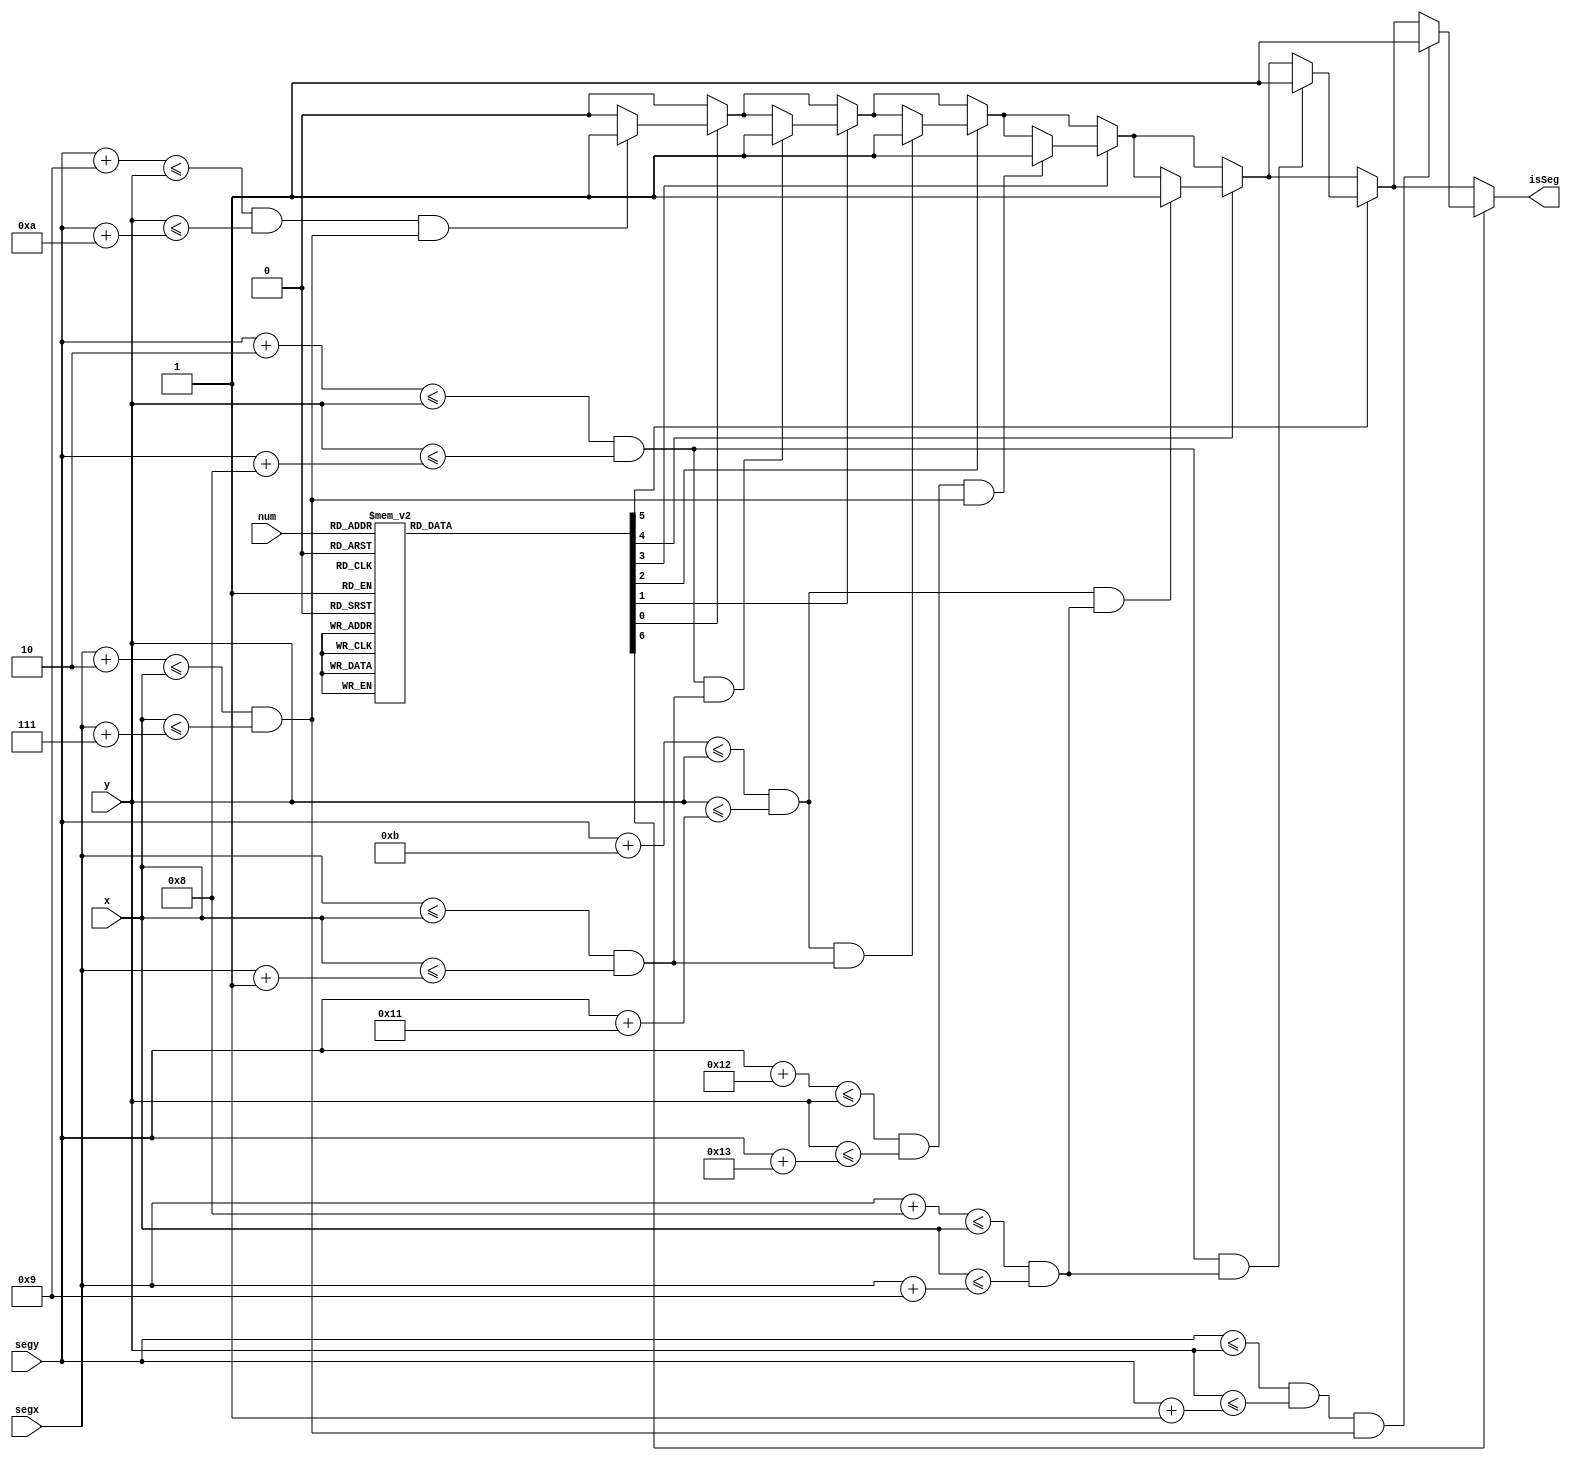
`timescale 1ns / 1ps
//////////////////////////////////////////////////////////////////////////////////
// Company: 
// Engineer: 
// 
// Design Name: 
// Module Name: segment
// Project Name: 
// Target Devices: 
// Tool Versions: 
// Description: 
// 
// Dependencies: 
// 
// Revision:
// Revision 0.01 - File Created
// Additional Comments:
// 
//////////////////////////////////////////////////////////////////////////////////

// 0 => 1111110
// 1 => 0110000
// 2 => 1101101
// 3 => 1111001
// 4 => 0110011
// 5 => 1011011
// 6 => 1011111
// 7 => 1110000
// 8 => 1111111
// 9 => 1111011

module segment(
    input [9:0] x, y,
    input [9:0] segx, segy,
    input [3:0] num,
    output isSeg
    );
    
    reg isSeg_reg;
    reg [6:0] seg;
    
    always @(num) begin
        case(num)
            0: seg = 7'b1111110;
            1: seg = 7'b0110000;
            2: seg = 7'b1101101;
            3: seg = 7'b1111001;
            4: seg = 7'b0110011;
            5: seg = 7'b1011011;
            6: seg = 7'b1011111;
            7: seg = 7'b1110000;
            8: seg = 7'b1111111;
            9: seg = 7'b1111011;
            default: seg = 7'b1001001;
        endcase
    end
    
    always @(num)
    begin
            isSeg_reg = 0;
            if(seg[0]) begin
                if(((segy + 9) <= y && y <= (segy + 10)) && ((segx + 2) <= x && x <= (segx + 7))) begin
                    isSeg_reg = 1;
                end
            end
            if(seg[1]) begin
                if(((segy + 2) <= y && y <= (segy + 8)) && ((segx) <= x && x <= (segx + 1))) begin
                    isSeg_reg = 1;
                end
            end
            if(seg[2]) begin
                if(((segy + 11) <= y && y <= (segy + 17)) && ((segx) <= x && x <= (segx + 1))) begin
                    isSeg_reg = 1;
                end
            end    
            if(seg[3] == 1) begin
                if(((segy + 18) <= y && y <= (segy + 19)) && ((segx + 2) <= x && x <= (segx + 7))) begin
                    isSeg_reg = 1;
                end
            end
            if(seg[4] == 1) begin
                if(((segy + 11) <= y && y <= (segy + 17)) && ((segx + 8) <= x && x <= (segx + 9))) begin
                    isSeg_reg = 1;
                end
            end
            if(seg[5] == 1) begin
                if(((segy + 2) <= y && y <= (segy + 8)) && ((segx + 8) <= x && x <= (segx + 9))) begin
                    isSeg_reg = 1;
                end
            end    
            if(seg[6] == 1) begin
                if(((segy) <= y && y <= (segy + 1)) && ((segx + 2) <= x && x <= (segx + 7))) begin
                    isSeg_reg = 1;
                end
            end
    end
    
    assign isSeg = isSeg_reg;
endmodule